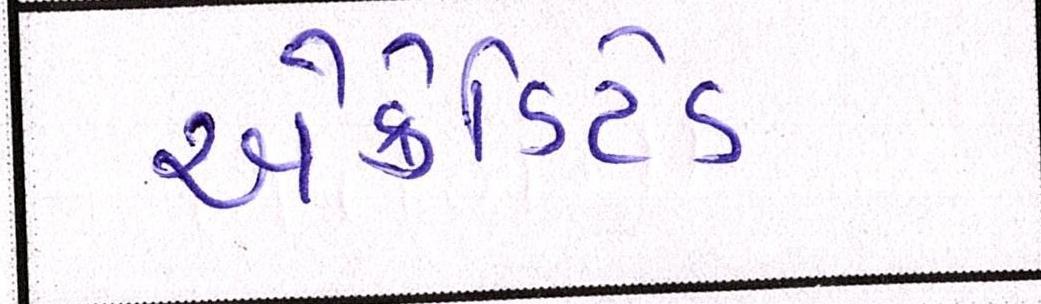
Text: એક્રેડિટેડ